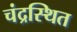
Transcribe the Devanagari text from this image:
चंद्रस्थित